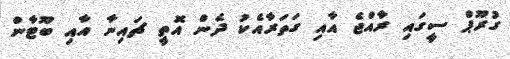
ގުރޫޕް ސީގައި ރާއްޖެ އާއި ގަތަރާއެކު ދެން އޮތީ ޗައިނާ އާއި ބޫޓާން